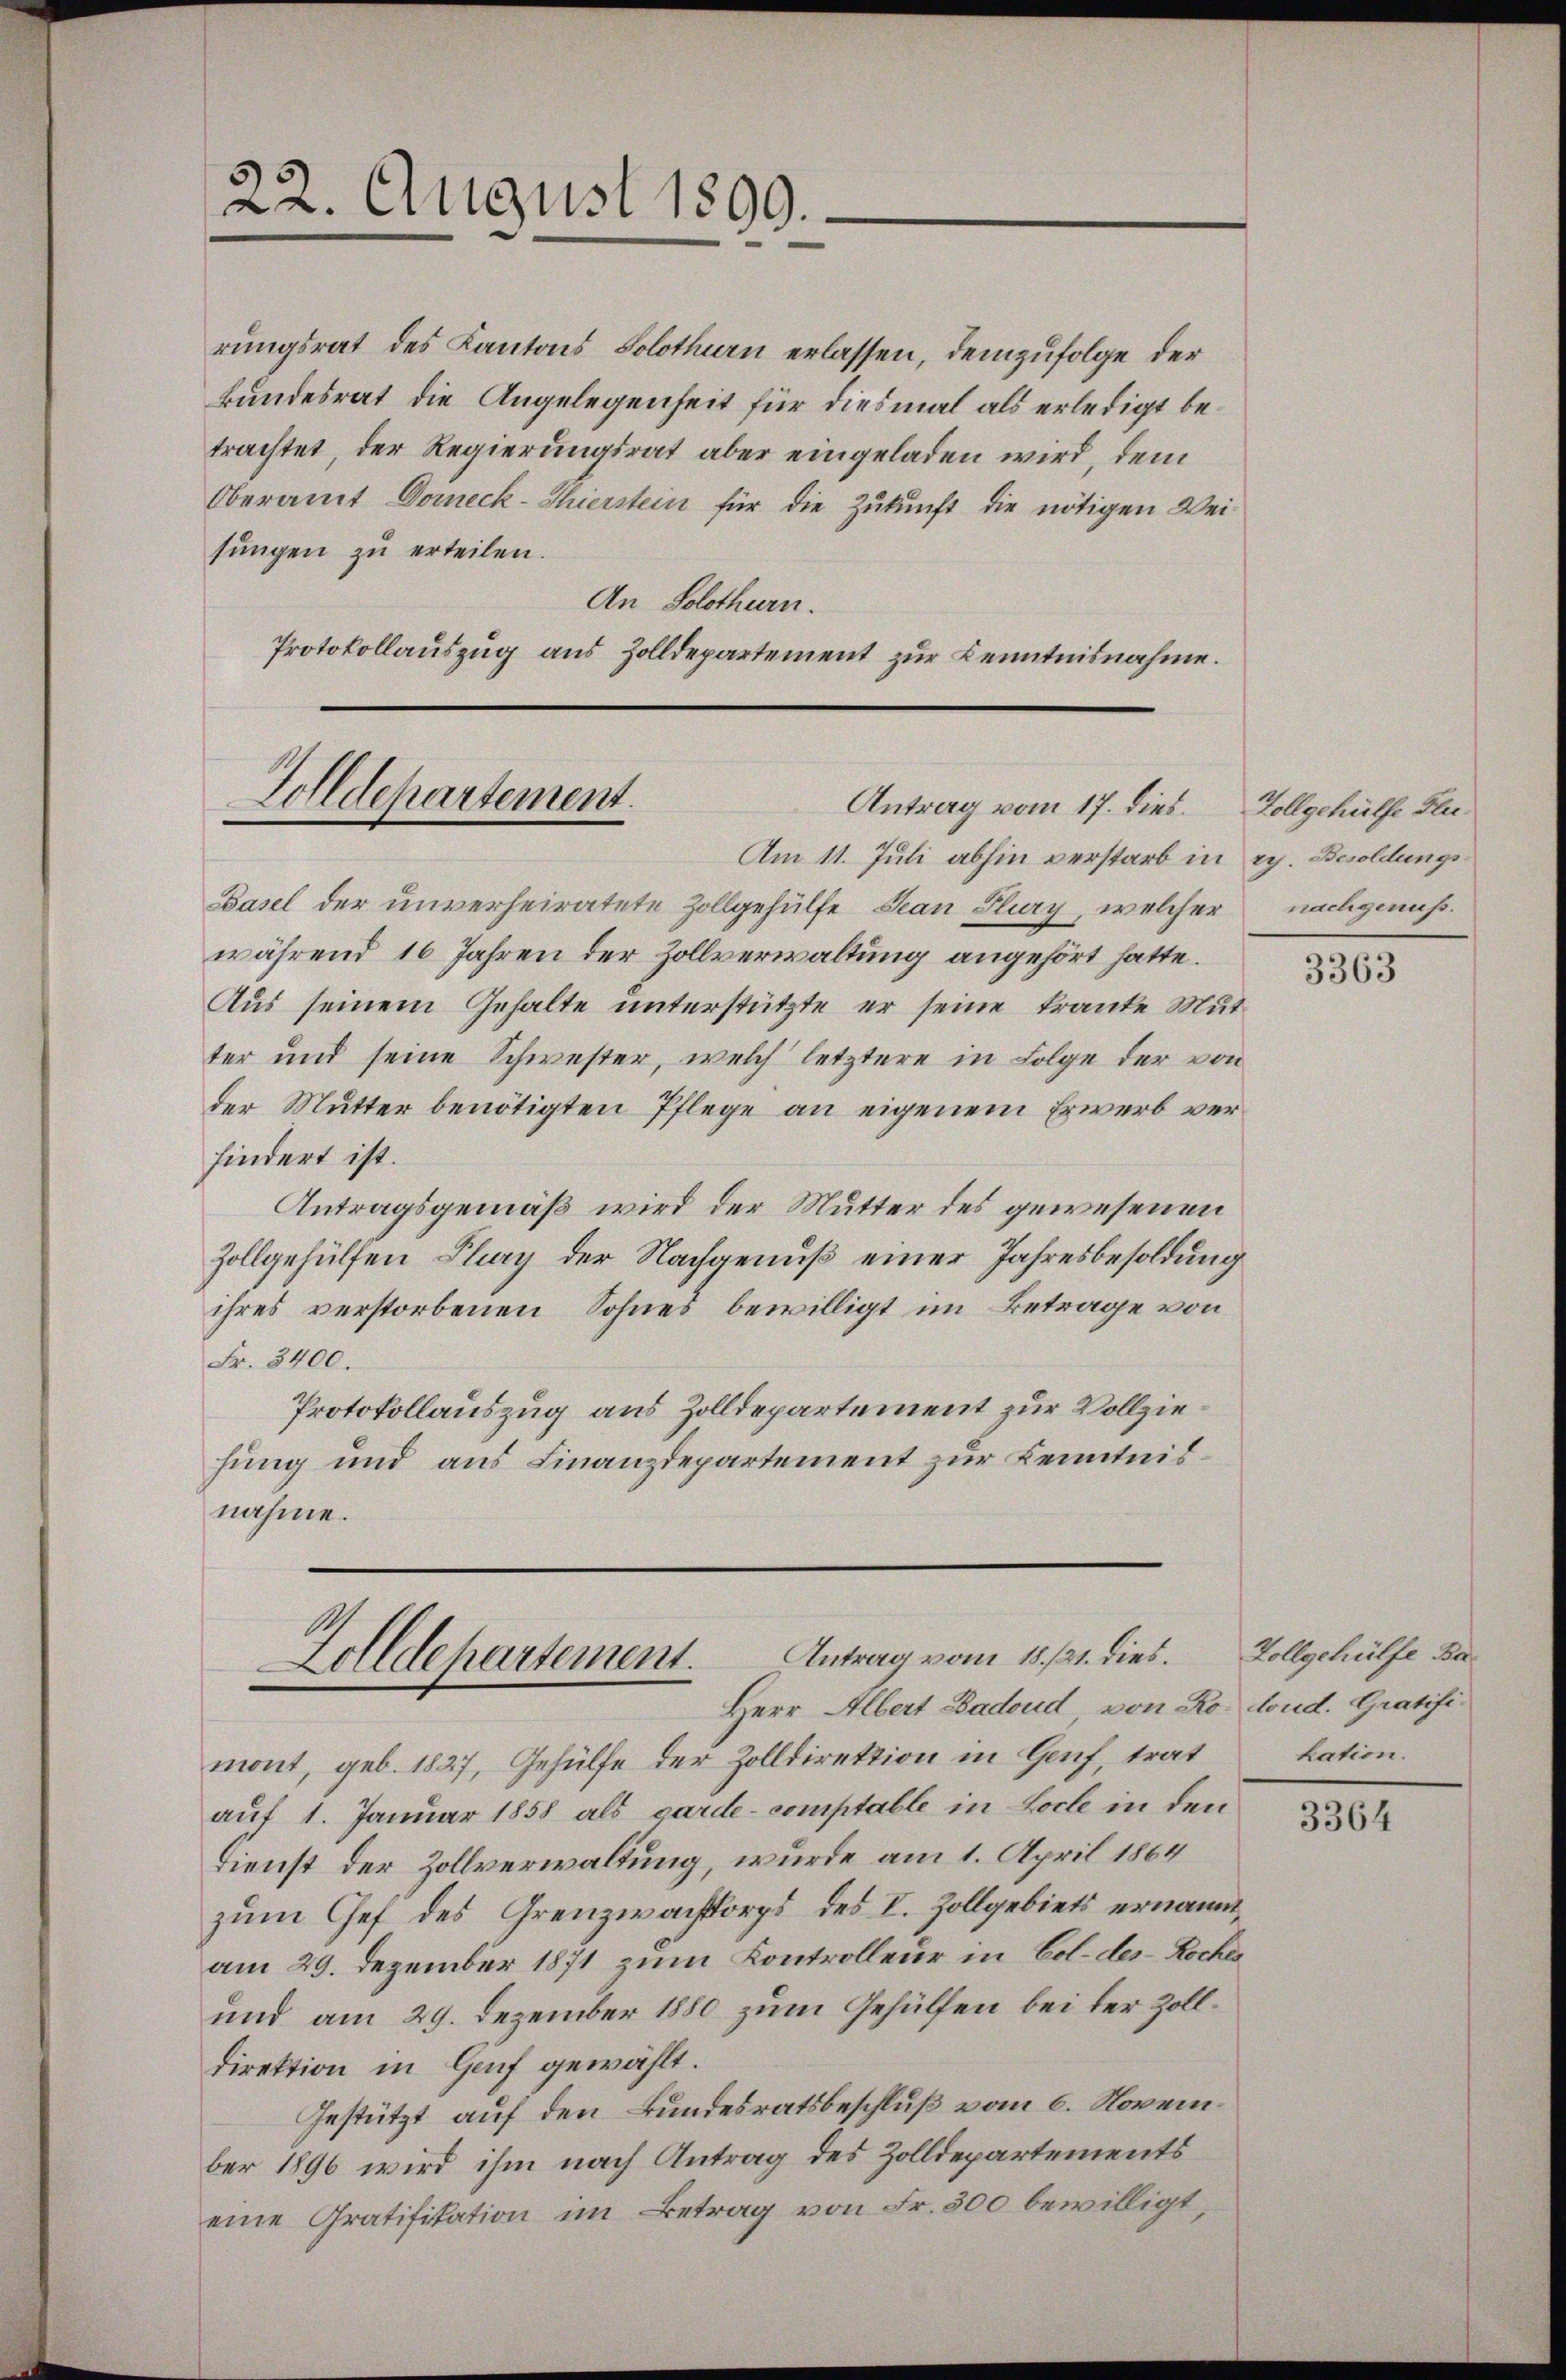
22. August 1890.

rungsrat des Kantons Solothurn erlassen, demzufolge der
Bundesrat die Angelegenheit für diesmal als erledigt betrachtet, der Regierungsrat aber eingeladen wird, dem
Oberamt Domeck-Thierstein für die Zukunft die nötigen Weisungen zu erteilen.
An Solothurn.
Protokollauszug aus Zolldepartement zur Kenntnisnahme.

Golldepartement.
Antrag vom 17. dies Zollgehülfe Flu¬

Zolldepartement. Antrag vom 15. 21. dies
Herr Albert Badoud von Ro. oud. Gratifi¬

mont, geb. 1827, Gehülfe der Zolldirektion in Gruf, trat
auf 1. Januar 1858 als garde-comptable in Loche in den
Dienst der Zollverwaltung, wurde am 1. April 1864
zum Chef des Grenzwachkorps des I. Zollgebiets ernannt,
am 29. Dezember 1871 zum Kontrolleur in Col. des Koches
und am 29. Dezember 1880 zum Gehülfen bei der Zoll¬
Direktion in Genf gewählt.
Gestützt auf den Bundesratsbeschluß vom 6. November 1896 wird ihm nach Antrag des Zolldepartements
eine Gratifikation im Betrag von Fr. 300 bewilligt,

Am 11. Juli abhin verstarb in ry. Besoldungs¬
Basel der unverheiratete Zollgehülfe Jean Flury, welcher nachgemeßwährend 16 Jahren der Zollverwaltung angehört hatte.
Aus seinem Gehalte unterstützte er seine Franke Mutter und seine Schwester, welch letztere in Folge der von
der Mutter benötigten Pflege an eigenem Erwerb verhindert ist.
Antragsgemäß wird der Mutter des gewesenen
Zollgehülfen Flury der Nachgenuß einer Jahresbesoldung
ihres verstorbenen Sohnes bewilligt im Betrage von
Fr. 3400.
Protokollauszug aus Zolldepartement zur Vollziehung und aus Finanzdepartement zur Kenntnisnahme.

3363

Zollgehülfe Bakation.

3364